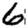
Digit: 6